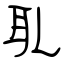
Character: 耴